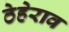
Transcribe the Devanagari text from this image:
ठेहेराव